Indian journal of veterinary science and animal husbandry - Volumes 24-25, 1954-1955
Year: 1954
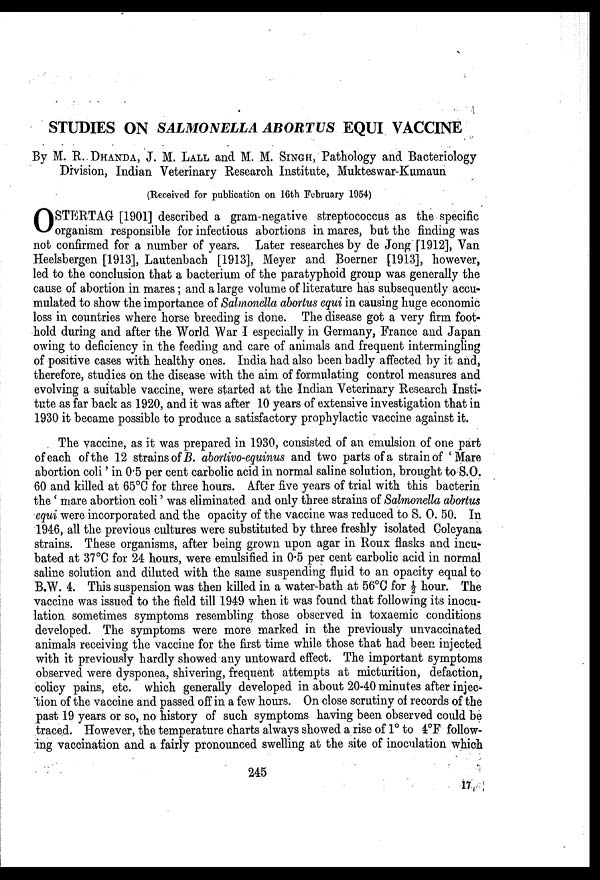
STUDIES ON SALMONELLA ABORTUS EQUI VACCINE
By M. R. DHANDA, J. M. LALL and M. M. SINGH Pathology and Bacteriology
Division, Indian Veterinary Research Institute, Mukteswar-Kumaun
(Received for publication on 16th February 1954)
O STERTAG [1901] described a gram-negative streptococcus as the specific
organism responsible for infectious abortions in mares, but the finding was
not confirmed for a number of years. Later researches by de Jong [1912], Van
Heelsbergen [1913], Lautenbach [1913], Meyer and Boerner [1913], however,
led to the conclusion that a bacterium of the paratyphoid group was generally the
cause of abortion in mares; and a large volume of literature has subsequently accu-
mulated to show the importance of Salmonella abortus equi in causing huge economic
loss in countries where horse breeding is done. The disease got a very firm foot-
hold during and after the World War I especially in Germany, France and Japan
owing to deficiency in the feeding and care of animals and frequent intermingling
of positive cases with healthy ones. India had also been badly affected by it and,
therefore, studies on the disease with the aim of formulating control measures and
evolving a suitable vaccine, were started at the Indian Veterinary Research Insti-
tute as far back as 1920, and it was after 10 years of extensive investigation that in
1930 it became possible to produce a satisfactory prophylactic vaccine against it.
The vaccine, as it was prepared in 1930, consisted of an emulsion of one part
of each of the 12 strains of B. abortivo-equinus and two parts of a strain of 'Mare
abortion coli' in 0.5 per cent carbolic acid in normal saline solution, brought to S.O.
60 and killed at 65°C for three hours. After five years of trial with this bacterin
the 'mare abortion coli' was eliminated and only three strains of Salmonella abortus
equi were incorporated and the opacity of the vaccine was reduced to S. O. 50. In
1946, all the previous cultures were substituted by three freshly isolated Coleyana
strains. These organisms, after being grown upon agar in Roux flasks and incu-
bated at 37°C for 24 hours, were emulsified in 0.5 per cent carbolic acid in normal
saline solution and diluted with the same suspending fluid to an opacity equal to
B.W. 4. This suspension was then killed in a water-bath at 56°C for ½ hour. The
vaccine was issued to the field till 1949 when it was found that following its inocu-
lation sometimes symptoms resembling those observed in toxaemic conditions
developed. The symptoms were more marked in the previously unvaccinated
animals receiving the vaccine for the first time while those that had been injected
with it previously hardly showed any untoward effect. The important symptoms
observed were dysponea, shivering, frequent attempts at micturition, defaction,
colicy pains, etc. which generally developed in about 20-40 minutes after injec-
tion of the vaccine and passed off in a few hours. On close scrutiny of records of the
past 19 years or so, no history of such symptoms having been observed could be
traced. However, the temperature charts always showed a rise of 1° to 4°F follow-
ing vaccination and a fairly pronounced swelling at the site of inoculation which
245
17